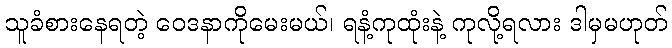
သူခံစားနေရတဲ့ ဝေဒနာကိုမေးမယ်၊ ရနံ့ကုထုံးနဲ့ ကုလို့ရလား ဒါမှမဟုတ်